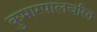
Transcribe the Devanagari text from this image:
कुमारपालचरित